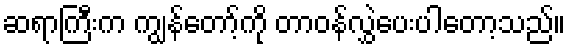
ဆရာကြီးက ကျွန်တော့်ကို တာဝန်လွှဲပေးပါတော့သည်။